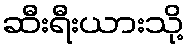
ဆီးရီးယားသို့